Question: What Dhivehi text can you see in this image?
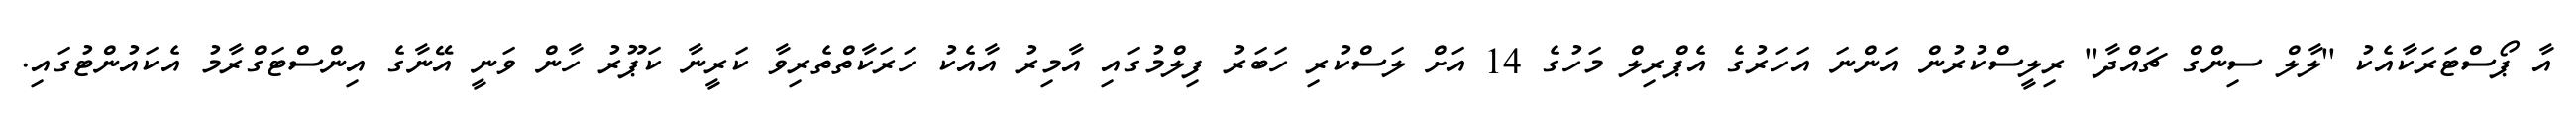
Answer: އާ ޕޯސްޓަރަކާއެކު ''ލާލް ސިންގް ޗައްދާ'' ރިލީސްކުރުން އަންނަ އަހަރުގެ އެޕްރިލް މަހުގެ 14 އަށް ލަސްކުރި ހަބަރު ފިލްމުގައި އާމިރު އާއެކު ހަރަކާތްތެރިވާ ކަރީނާ ކަޕޫރު ހާން ވަނީ އޭނާގެ އިންސްޓަގްރާމު އެކައުންޓުގައި.